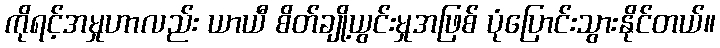
ကိုရင့်အမှုဟာလည်း ယာယီ စိတ်ချို့ယွင်းမှုအဖြစ် ပုံပြောင်းသွားနိုင်တယ်။